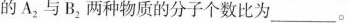
的 A_{ 2 |与 B_{ 2 |两种物质的分子个数比为 ___ 。